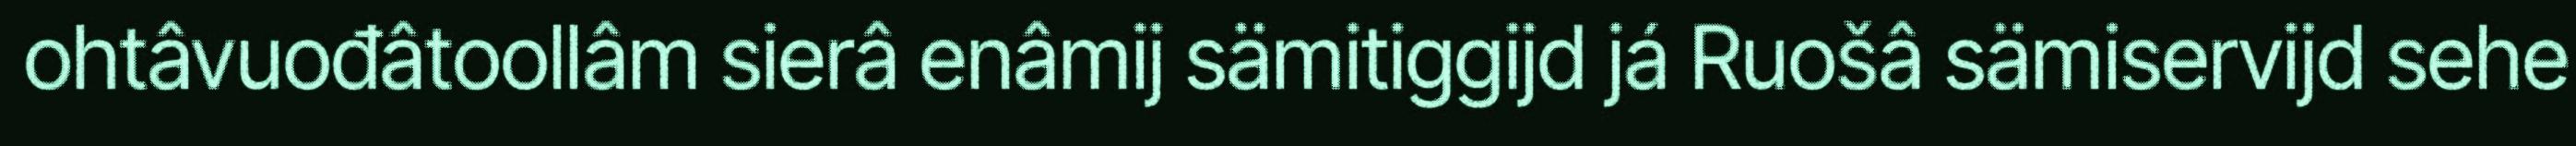
ohtâvuođâtoollâm sierâ enâmij sämitiggijd já Ruošâ sämiservijd sehe